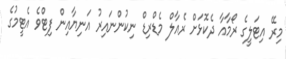
މިރޭ އިޓަލީގެ ރޯމާއާ ދެކޮޅަށް ރެއާލް މެޑްރިޑް ނިކުންނައިރު އަނިޔާއިން ފިޓްވެ އެޓީމުގެ